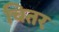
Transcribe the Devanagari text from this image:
चितर